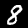
Digit: 8